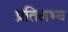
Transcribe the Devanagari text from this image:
प्रतिलभ्य